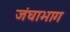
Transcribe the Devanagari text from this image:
जंघाभाग